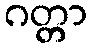
ဂတ္တာ